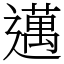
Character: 邁